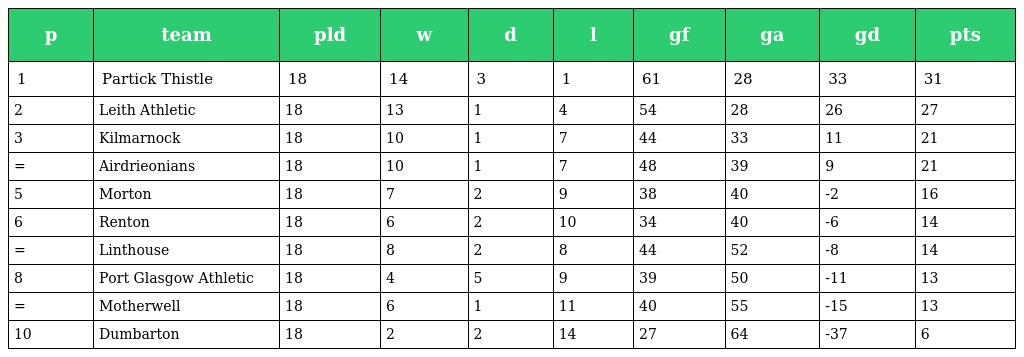
| p | team | pld | w | d | l | gf | ga | gd | pts |
 | --- | --- | --- | --- | --- | --- | --- | --- | --- | --- |
 | 1 | Partick Thistle | 18 | 14 | 3 | 1 | 61 | 28 | 33 | 31 |
 | 2 | Leith Athletic | 18 | 13 | 1 | 4 | 54 | 28 | 26 | 27 |
 | 3 | Kilmarnock | 18 | 10 | 1 | 7 | 44 | 33 | 11 | 21 |
 | = | Airdrieonians | 18 | 10 | 1 | 7 | 48 | 39 | 9 | 21 |
 | 5 | Morton | 18 | 7 | 2 | 9 | 38 | 40 | -2 | 16 |
 | 6 | Renton | 18 | 6 | 2 | 10 | 34 | 40 | -6 | 14 |
 | = | Linthouse | 18 | 8 | 2 | 8 | 44 | 52 | -8 | 14 |
 | 8 | Port Glasgow Athletic | 18 | 4 | 5 | 9 | 39 | 50 | -11 | 13 |
 | = | Motherwell | 18 | 6 | 1 | 11 | 40 | 55 | -15 | 13 |
 | 10 | Dumbarton | 18 | 2 | 2 | 14 | 27 | 64 | -37 | 6 |